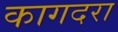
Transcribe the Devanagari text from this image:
कागदरा